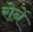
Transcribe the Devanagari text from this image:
रोनें